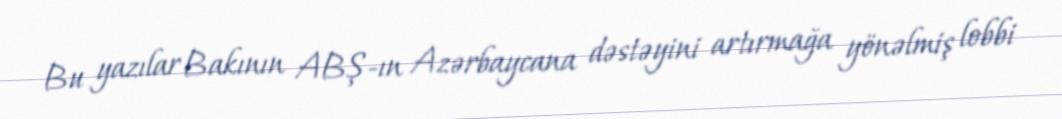
Bu yazılar Bakının ABŞ-ın Azərbaycana dəstəyini artırmağa yönəlmiş lobbi